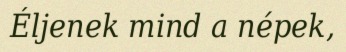
Éljenek mind a népek,